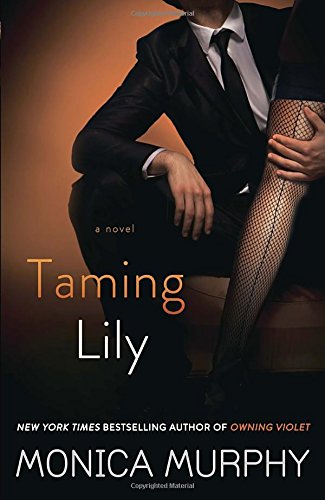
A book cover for Taming Lily: A Novel (The Fowler Sisters); Monica Murphy; Romance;